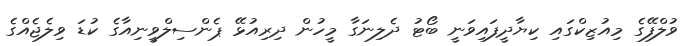
ވުލްފޭގެ މިއުޒިކްގައި ކިޔާދީފައިވަނީ ބޯޓު ދެލިނަގާ މީހުން ދިރިއުޅޭ ޕެންސިލްވީނިއާގެ ކުޑަ ވިލެޖެއްގެ